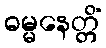
ဓမ္မနေတ္တိံ